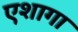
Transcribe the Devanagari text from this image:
एशागा